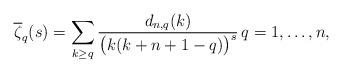
LaTeX: \begin{align*}\overline{\zeta}_q(s)=\sum_{k\geq q} \frac{d_{n,q}(k)}{\bigl(k(k+n+1-q)\bigr)^s} \,q=1,\ldots,n,\end{align*}